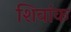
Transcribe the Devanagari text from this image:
शिवांक